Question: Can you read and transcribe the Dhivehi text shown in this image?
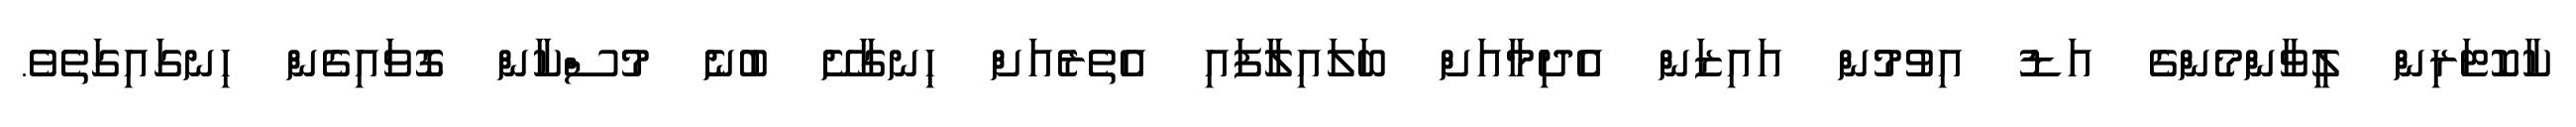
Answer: ކާކޮޓަރިން ލީވާންމެންގެ އަޑު އިވުމުން އައިޒަން އެދިމާއަށް ބަލައިލާފައި އެތެރެއަށް ހިނގާށޭ ބުނެ މުސްކާން ގޮވައިގެން ހިނގައިގަތެވެ.